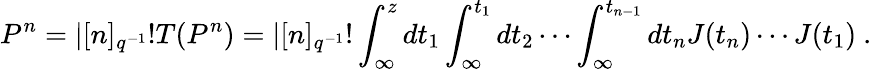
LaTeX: P^{n}=|[n]_{q^{-1}}!T(P^{n})=|[n]_{q^{-1}}!\int_{\infty}^{z}dt_{1}\int_{\infty}^{t_{1}}dt_{2}\cdots\int_{\infty}^{t_{n-1}}dt_{n}J(t_{n})\cdots J(t_{1})~.